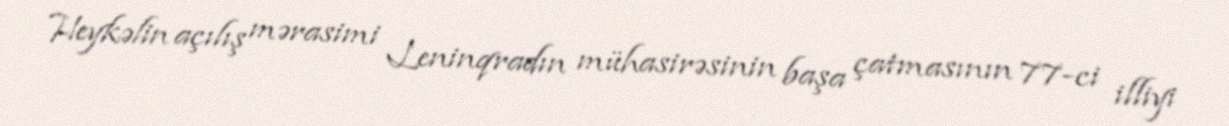
Heykəlin açılış mərasimi Leninqradın mühasirəsinin başa çatmasının 77-ci illiyi